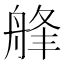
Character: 艂